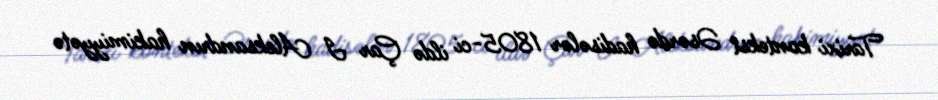
Tarixi kontekst Əsərdə hadisələr 1805-ci ildə Çar I Aleksandrın hakimiyyətə